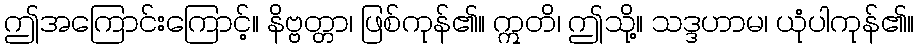
ဤအကြောင်းကြောင့်။ နိဗ္ဗတ္တာ၊ ဖြစ်ကုန်၏။ ဣတိ၊ ဤသို့။ သဒ္ဒဟာမ၊ ယုံပါကုန်၏။